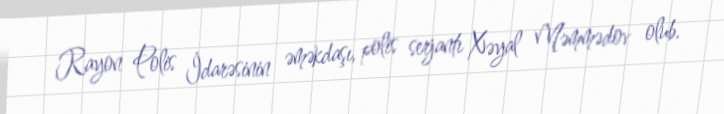
Rayon Polis İdarəsinin əməkdaşı, polis serjantı Xəyal Məmmədov olub.